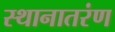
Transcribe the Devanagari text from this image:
स्थानातरंण